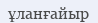
ұланғайыр